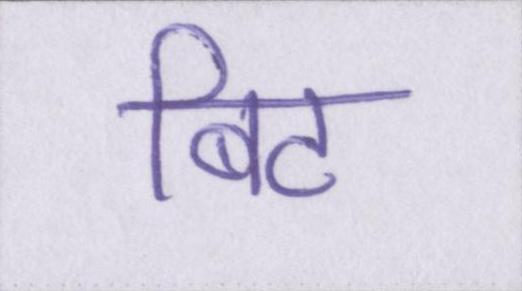
बिट